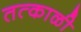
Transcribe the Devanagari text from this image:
तत्काळी